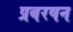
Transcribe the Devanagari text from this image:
प्रबरषन